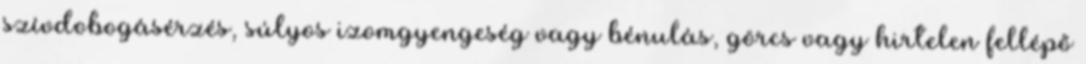
szívdobogásérzés, súlyos izomgyengeség vagy bénulás, görcs vagy hirtelen fellépő